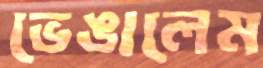
ভেঙালেম